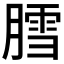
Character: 膤